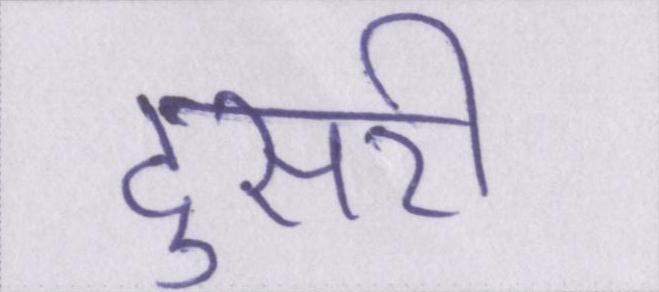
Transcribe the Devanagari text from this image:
दुसरी